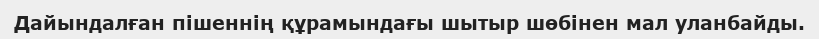
Дайындалған пішеннің құрамындағы шытыр шөбінен мал уланбайды.